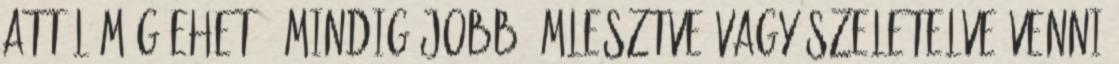
attól még ehető. Mindig jobb ömlesztve vagy szeletelve venni